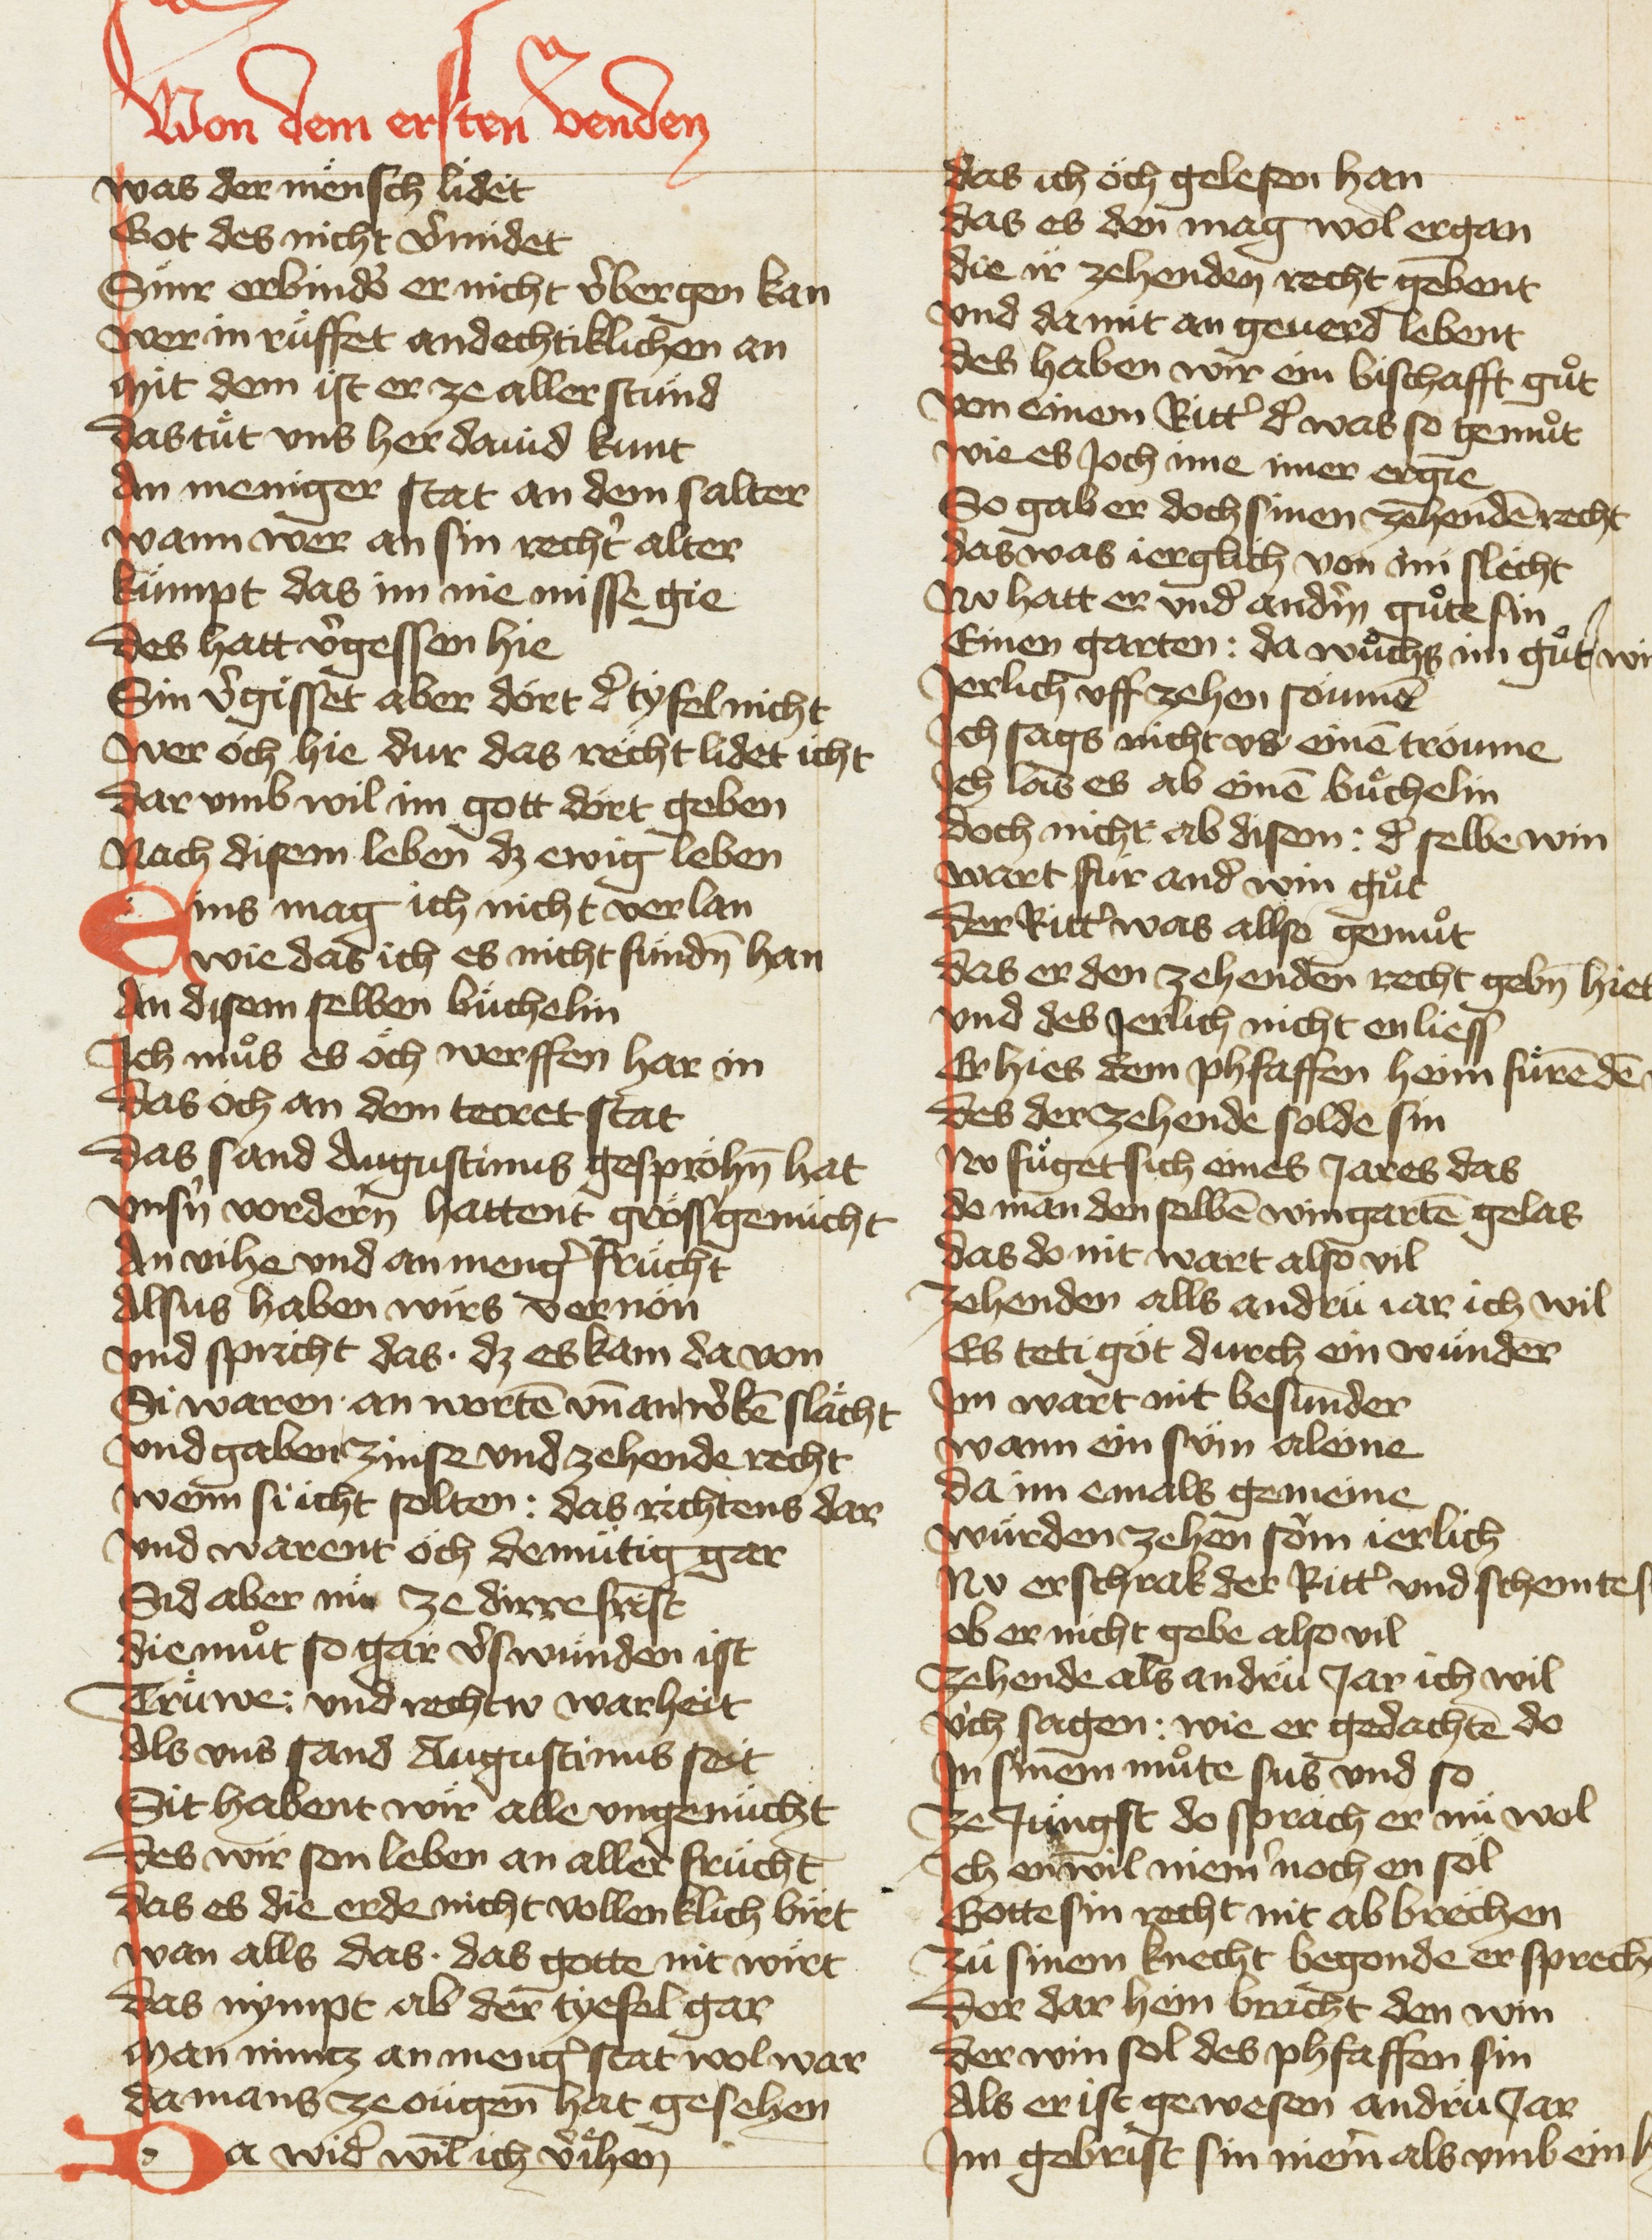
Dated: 1420–1429